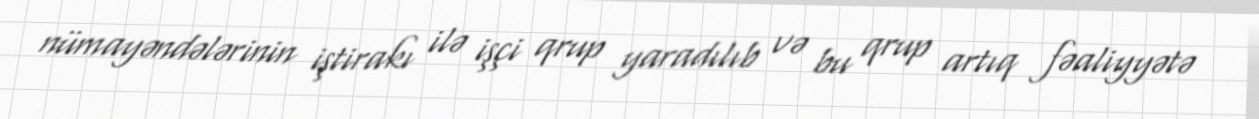
nümayəndələrinin iştirakı ilə işçi qrup yaradılıb və bu qrup artıq fəaliyyətə